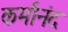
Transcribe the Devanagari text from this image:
कर्मानंद